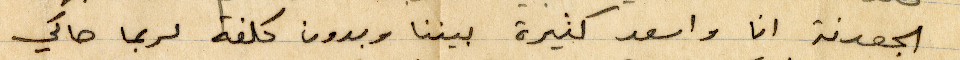
الجعدنة انا واسعد كثيرة بيناتنا وبدون كلفة لربما حاكي